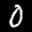
Label: 0